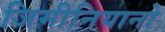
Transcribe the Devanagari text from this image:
जिमीनियानो